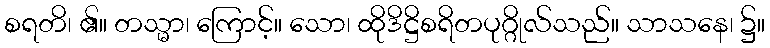
စရတိ၊ ၏။ တသ္မာ၊ ကြောင့်။ သော၊ ထိုဒိဋ္ဌိစရိတပုဂ္ဂိုလ်သည်။ သာသနေ၊ ၌။